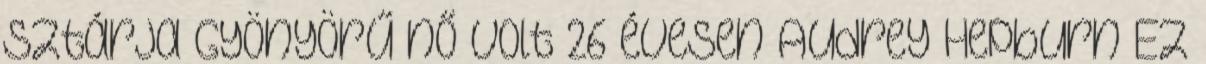
sztárja Gyönyörű nő volt 26 évesen Audrey Hepburn Ez